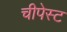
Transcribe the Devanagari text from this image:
चीपेस्ट